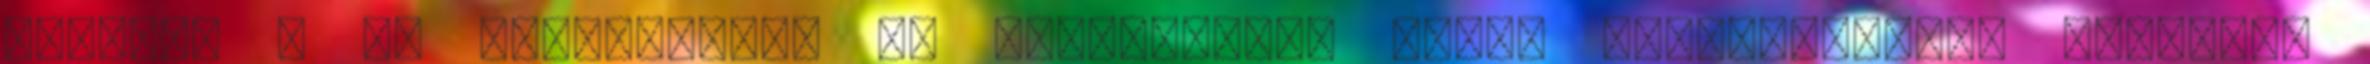
indulna a 9. évfolyamon. Az érettségire épülő szakképzésről röviden.